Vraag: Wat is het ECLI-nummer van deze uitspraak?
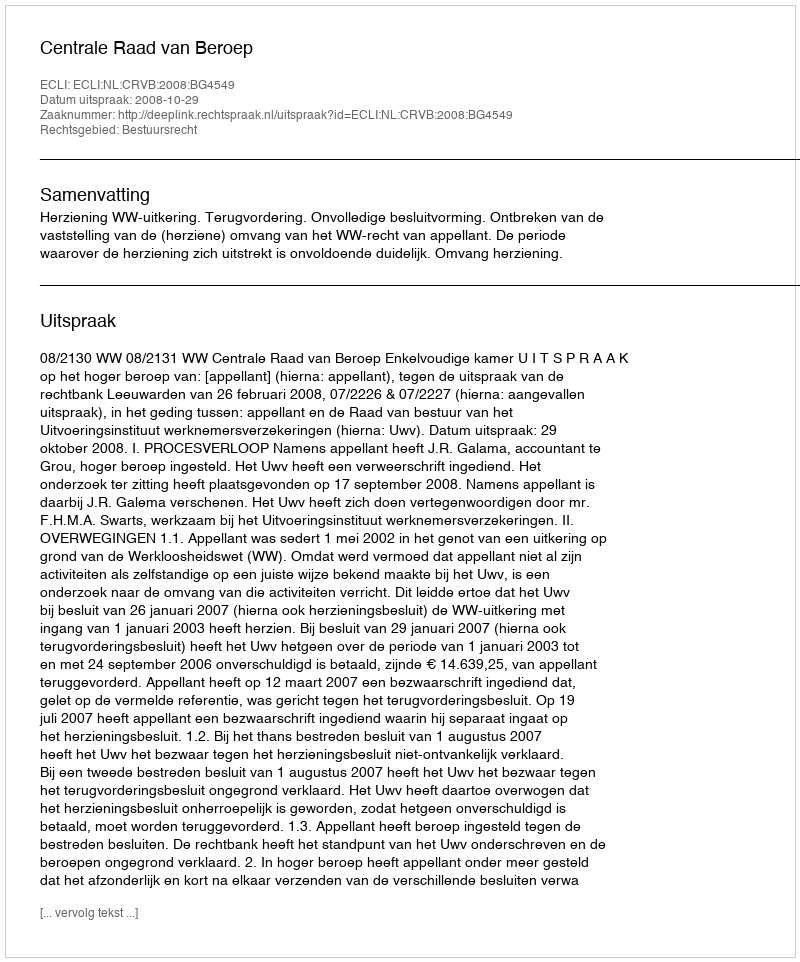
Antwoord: ECLI:NL:CRVB:2008:BG4549